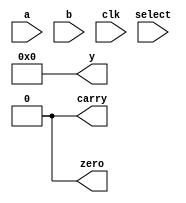
module ALU(
	input [7:0] a,
	input [7:0] b,
	input [3:0] select,
	input clk,
	output reg carry,
	output reg zero,
	output reg [15:0] y
);


reg [7:0] ain, bin;
reg c,z;
reg [15:0] out;
reg [3:0] s;

initial begin
	y = 0;
	carry = 0;
	zero = 0;
end



always @(posedge clk) begin
	ain <= a;
	bin<=b;
	c <= carry;
	z<= zero;
	out<= y;
	s <= select;
end

always@(ain,bin,s) begin
	case(select)
		4'd0 : begin //add
			out = {8'd0, ain+bin};
			c = out[8];
		end
		4'd1 : begin//sub
			out = {8'd0, ain-bin};
			c = out[8];
		end
		4'd2 : begin //mul
			out = (ain*bin);
		end
		4'd3 : begin //div
			out = (ain/bin);
		end
		4'd4 : begin //increment a
			out = {8'd0, ain + 1'b1};
			c = out[8];
		end
		4'd5 : begin // decrement
			out = {8'd0, ain - 1'b1};
			c = out[8];
		end
		4'd6 : begin // bitwise AND
			out = {8'd0, ain & bin};
		end
		4'd7 : begin //bitwise OR
			out = {8'd0, ain | bin};
		end
		4'd8 : begin //bitwise xor
			out  = {8'd0, (ain ^ bin)};
		end
		4'd9 : begin //bitwise nand
			out  = {8'd0, ~(ain & bin)};
		end
		4'd10 : begin //bitwise nor
			out  = {8'd0, ~(ain | bin)};
		end
		4'd11 : begin //bitwise xnor
			out  = {8'd0, ~(ain ^ bin)};
		end
		4'd12 : begin //shift right
			c = ain[0];
			out = {8'd0, ain>>1};
		end
		4'd13 : begin //shift left
			c = ain[7];
			out = {8'd0, ain<<1};
		end
		4'd14 : begin //rotate right
			out = {8'd0, a[0], a[7:1]};
		end
		4'd15 : begin //rotate left
			out = {8'd0, a[6:0], a[7]};
		end
		default : out = 16'd0;
	endcase
	
end

endmodule